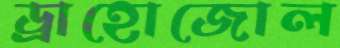
ড্রাহোজোল